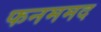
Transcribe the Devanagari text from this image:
फनममद